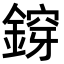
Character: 𨩴